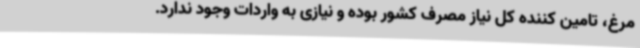
مرغ، تامین کننده کل نیاز مصرف کشور بوده و نیازی به واردات وجود ندارد.